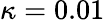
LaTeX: \kappa=0.01